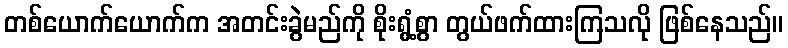
တစ်ယောက်ယောက်က အတင်းခွဲမည်ကို စိုးရွံ့စွာ တွယ်ဖက်ထားကြသလို ဖြစ်နေသည်။